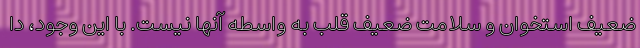
ضعیف استخوان و سلامت ضعیف قلب به واسطه آنها نیست. با این وجود، دا